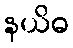
နယိဓ